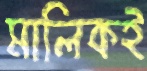
মালিকই